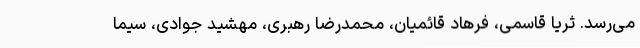
می‌رسد. ثریا قاسمی، فرهاد قائمیان، محمدرضا رهبری، مهشید جوادی، سیما